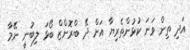
އަދި ތިން ވަނަ ކުޅުންތެރިޔާ އަށް ދޭ ބްރޮންޒް ބޯޅަ ލިބުނީ ނޭމާ